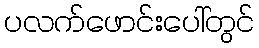
ပလက်ဖောင်းပေါ်တွင်